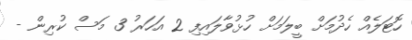
ހޮޓަލެއް ހެދުމަށް ބީލަމަށް ހުޅުވާލައިފި 2 އަހަރު 3 މަސް ކުރިން -